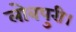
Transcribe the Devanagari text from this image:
लोबपुरी।